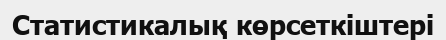
Статистикалық көрсеткіштері